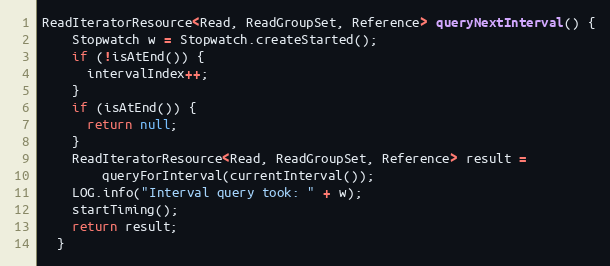
Language: Java
ReadIteratorResource<Read, ReadGroupSet, Reference> queryNextInterval() {
    Stopwatch w = Stopwatch.createStarted();
    if (!isAtEnd()) {
      intervalIndex++;
    }
    if (isAtEnd()) {
      return null;
    }
    ReadIteratorResource<Read, ReadGroupSet, Reference> result =
        queryForInterval(currentInterval());
    LOG.info("Interval query took: " + w);
    startTiming();
    return result;
  }